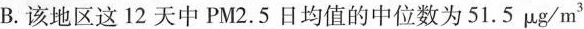
B.该地区这12天中PM2.5日均值的中位数为51.5μg/m^{ 3 }